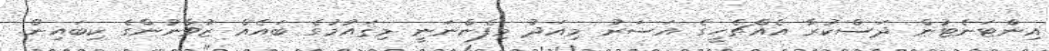
އިންޓަނެޓުން ދަސްކުރާ އެއްޗެހީގެ އަސަރު މިއަދު މިފެންނަނީ މިޤައުމުގެ ބައެއް ޒުވާނުންގެ ކިބައިން.